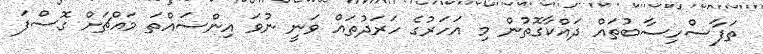
ތަފާސްހިސާބުތައް ދައްކާގޮތުން މި އަހަރުގެ ހަރަދުތައް ވަނީ ނުވަ އިންސައްތަ މައްޗަށް ގޮސްފަ